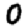
Digit: 0